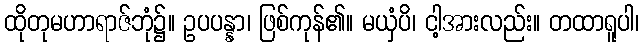
ထိုတုမဟာရာဇ်ဘုံ၌။ ဥပပန္နာ၊ ဖြစ်ကုန်၏။ မယှံပိ၊ ငါ့အားလည်း။ တထာရူပါ၊